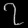
Digit: ၇